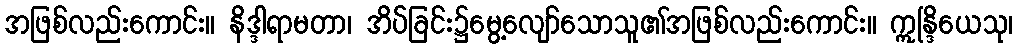
အဖြစ်လည်းကောင်း။ နိဒ္ဒါရာမတာ၊ အိပ်ခြင်း၌မွေ့လျော်သောသူ၏အဖြစ်လည်းကောင်း။ ဣန္ဒြိယေသု၊